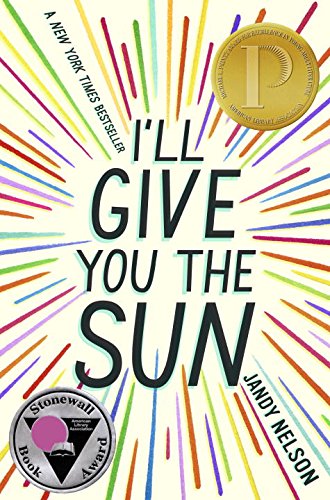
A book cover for I'll Give You the Sun; Jandy Nelson; Literature & Fiction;